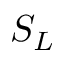
S _ { L }